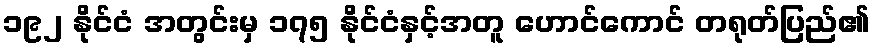
၁၉၂ နိုင်ငံ အတွင်းမှ ၁၇၅ နိုင်ငံနှင့်အတူ ဟောင်ကောင် တရုတ်ပြည်၏